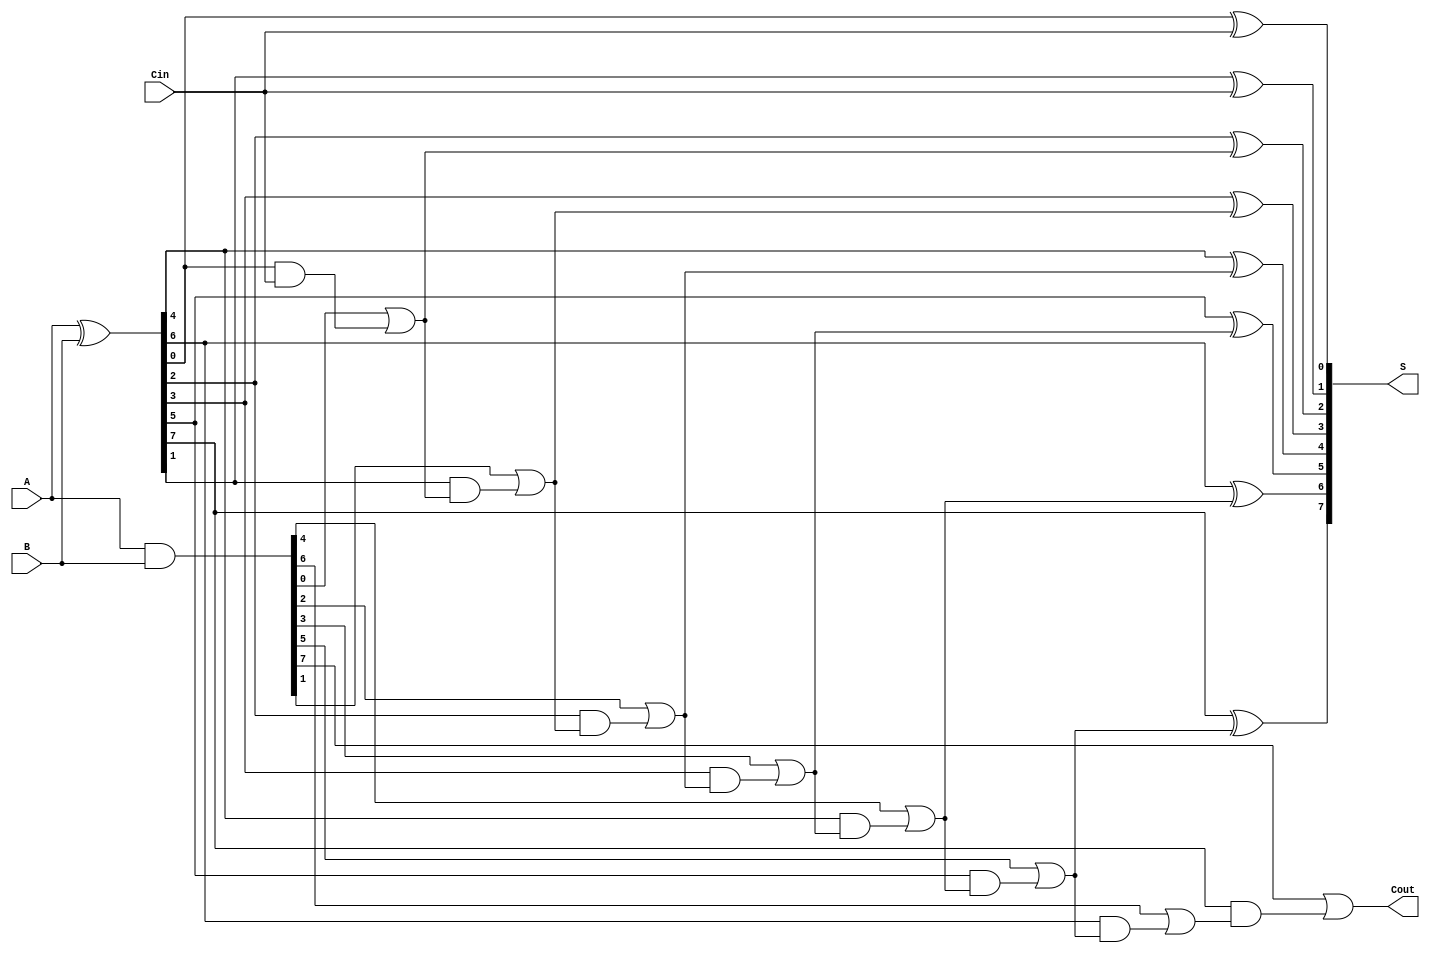
module brent_kung_adder #(
    parameter N = 8 // Define the bit-width of the operands
)(
    input  [N-1:0] A,    // First operand
    input  [N-1:0] B,    // Second operand
    input         Cin,    // Carry-in
    output [N-1:0] S,     // Sum output
    output        Cout     // Carry-out output
);
    
    // Generate and Propagate signals
    wire [N-1:0] G; // Generate
    wire [N-1:0] P; // Propagate
    wire [N:0] C;   // Carry signals (C[0] = Cin)

    // Generate and Propagate computation
    assign G = A & B;       // G[i] = A[i] & B[i]
    assign P = A ^ B;       // P[i] = A[i] ^ B[i]

    // Carry-in to C[0]
    assign C[0] = Cin;

    // Prefix tree computation (two levels)
    genvar i;
    generate
        // First stage
        for (i = 0; i < N/2; i = i + 1) begin : first_stage
            assign C[2*i+1] = G[2*i] | (P[2*i] & C[2*i]);
            assign C[2*i+2] = G[2*i+1] | (P[2*i+1] & C[2*i+1]);
        end
    endgenerate

    // Second stage
    generate
        for (i = 1; i < N; i = i + 1) begin : second_stage
            assign C[i] = G[i-1] | (P[i-1] & C[i-1]);
        end
    endgenerate

    // Sum calculation
    assign S[0] = P[0] ^ C[0]; // S[0] = P[0] ^ Cin
    generate
        for (i = 1; i < N; i = i + 1) begin : sum_calculation
            assign S[i] = P[i] ^ C[i-1]; // S[i] = P[i] ^ C[i-1]
        end
    endgenerate

    // Final carry-out
    assign Cout = C[N]; // Cout = C[n]

endmodule